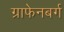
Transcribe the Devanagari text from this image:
ग्राफेनबर्ग